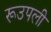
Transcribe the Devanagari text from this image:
रूउपली